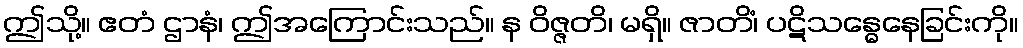
ဤသို့။ ဧတံ ဌာနံ၊ ဤအကြောင်းသည်။ န ဝိဇ္ဇတိ၊ မရှိ။ ဇာတိံ၊ ပဋိသန္ဓေနေခြင်းကို။